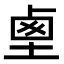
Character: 𡍏